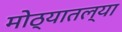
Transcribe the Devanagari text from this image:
मोठ्यातल्या